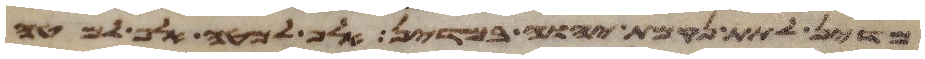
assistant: מדין לתת נקמת יהוה במדין אלף למטה אלף למטה